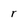
Character: r